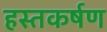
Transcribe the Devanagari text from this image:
हस्तकर्षण